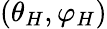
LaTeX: \left({\theta}_{H},{\varphi}_{H}\right)